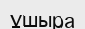
ұшыра